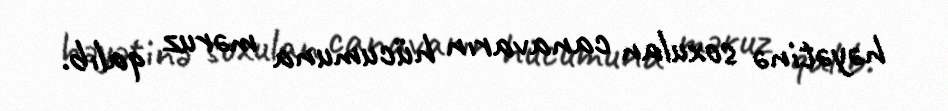
həyətinə soxulan canavarın hücumuna məruz qalıb.